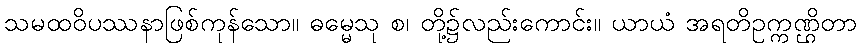
သမထဝိပဿနာဖြစ်ကုန်သော။ ဓမ္မေသု စ၊ တို့၌လည်းကောင်း။ ယာယံ အရတိဥက္ကဏ္ဌိတာ